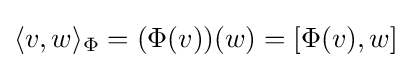
\langle v,w\rangle _{\Phi }=(\Phi (v))(w)=[\Phi (v),w]